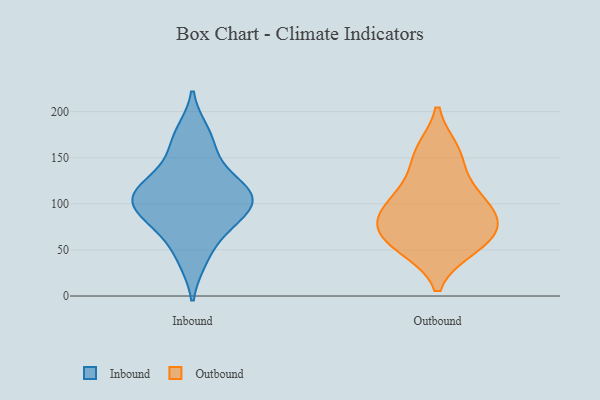
{"axis": {"x": "Latency (ms)", "y": "Value"}, "legend": ["Inbound", "Outbound"], "data": [{"x": "", "y": 158, "type": "Inbound"}, {"x": "", "y": 76, "type": "Inbound"}, {"x": "", "y": 129, "type": "Inbound"}, {"x": "", "y": 106, "type": "Inbound"}, {"x": "", "y": 103, "type": "Inbound"}, {"x": "", "y": 73, "type": "Inbound"}, {"x": "", "y": 39, "type": "Inbound"}, {"x": "", "y": 103, "type": "Inbound"}, {"x": "", "y": 178, "type": "Inbound"}, {"x": "", "y": 121, "type": "Inbound"}, {"x": "", "y": 100, "type": "Inbound"}, {"x": "", "y": 108, "type": "Outbound"}, {"x": "", "y": 62, "type": "Outbound"}, {"x": "", "y": 88, "type": "Outbound"}, {"x": "", "y": 83, "type": "Outbound"}, {"x": "", "y": 53, "type": "Outbound"}, {"x": "", "y": 55, "type": "Outbound"}, {"x": "", "y": 153, "type": "Outbound"}, {"x": "", "y": 157, "type": "Outbound"}, {"x": "", "y": 118, "type": "Outbound"}, {"x": "", "y": 72, "type": "Outbound"}, {"x": "", "y": 91, "type": "Outbound"}]}